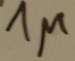
Text: 1µ